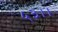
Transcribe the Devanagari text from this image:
५३।।